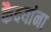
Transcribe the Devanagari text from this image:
कैदयांना